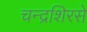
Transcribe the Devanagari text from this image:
चन्द्रशिरसे